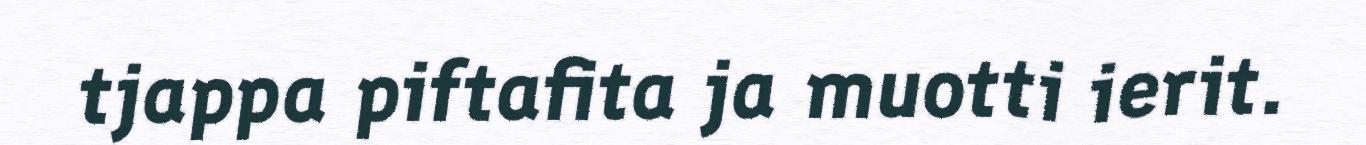
tjappa piftafita ja muotti ierit.